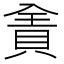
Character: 𰷄